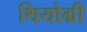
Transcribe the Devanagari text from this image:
थियोग्री